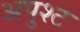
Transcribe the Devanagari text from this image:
अपुश्ट